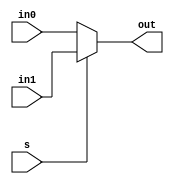
/****************************
purpose: Given two inputs select between the two with s bit
****************************/

module mux2 (in0, in1, s, out);
input in0;
input in1;
input s;

output out;

assign out = s ? in1 : in0;

endmodule